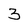
Character: 3